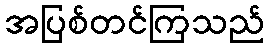
အပြစ်တင်ကြသည်